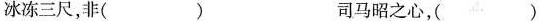
冰冻三尺，非( ) 司马昭之心，()